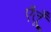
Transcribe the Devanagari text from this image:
ऐंतूँ